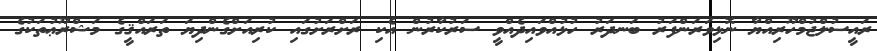
ރައީސުލްޖުމްހޫރިއްޔާ ނޮޅިވަރަންފަރު ބަނދަރު ހުޅުއްވައިދެއްވީ ސަރުކާރުން އެކި ރަށްރަށުގައި ކުރިއަށްގެންދިޔަ ތަރައްޤީގެ މަޝްރޫޢުތަކުގެ